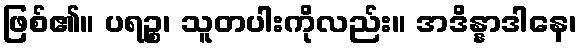
ဖြစ်၏။ ပရဉ္စ၊ သူတပါးကိုလည်း။ အဒိန္နာဒါနေ၊